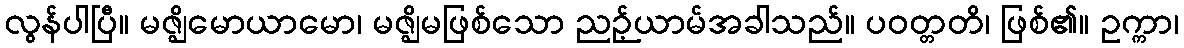
လွန်ပါပြီ။ မဇ္ဈိမောယာမော၊ မဇ္ဈိမဖြစ်သော ညဉ့်ယာမ်အခါသည်။ ပဝတ္တတိ၊ ဖြစ်၏။ ဥက္ကာ၊